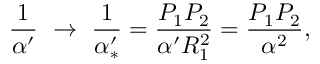
{ \frac { 1 } { \alpha ^ { \prime } } } \ \to \ { \frac { 1 } { \alpha _ { * } ^ { \prime } } } = { \frac { P _ { 1 } P _ { 2 } } { \alpha ^ { \prime } R _ { 1 } ^ { 2 } } } = { \frac { P _ { 1 } P _ { 2 } } { \alpha ^ { 2 } } } ,